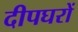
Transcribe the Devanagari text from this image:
दीपघरों